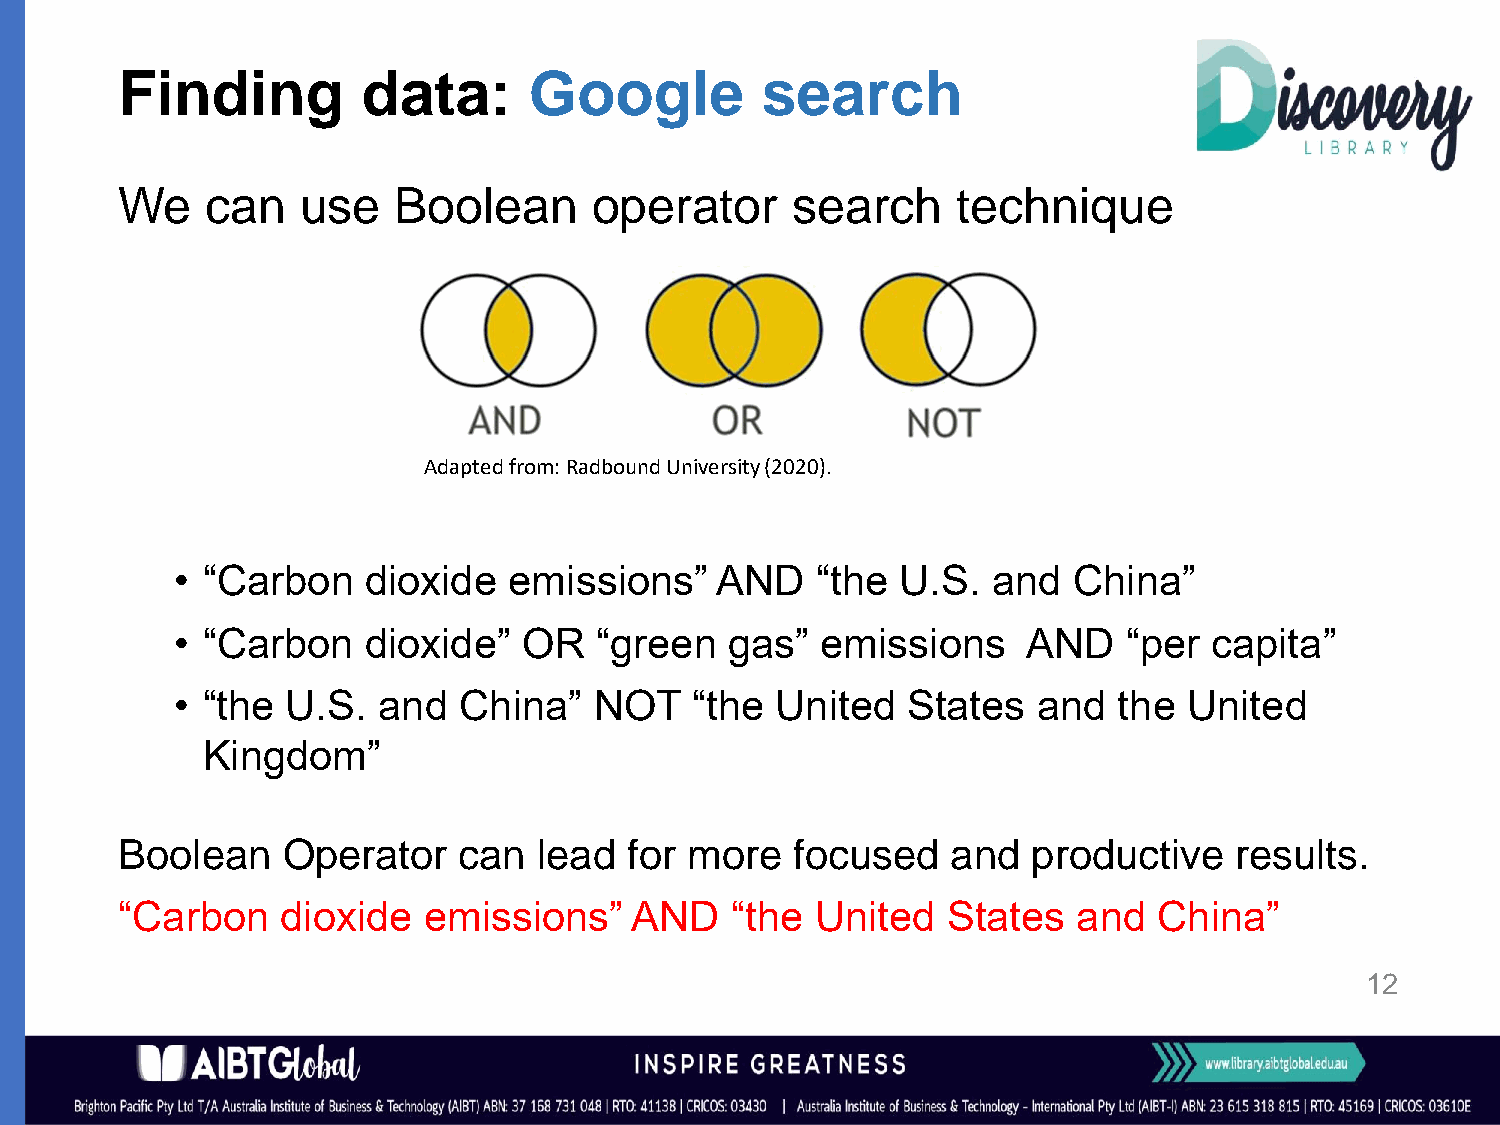
Finding         data:      Google         search
 We    can   use   Boolean      operator      search    technique
 Adapted from: RadboundUniversity (2020).
 • “Carbon   dioxide   emissions”   AND    “the  U.S.  and  China”
 • “Carbon   dioxide”   OR  “green   gas”  emissions     AND    “per capita”
 • “the U.S.  and  China”   NOT    “the United   States   and  the  United
 Kingdom”
 Boolean    Operator   can   lead  for more   focused   and  productive    results.
 “Carbon    dioxide  emissions”    AND   “the  United   States  and   China”
 12